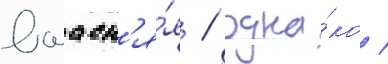
выасн'я́я / одна́ко /